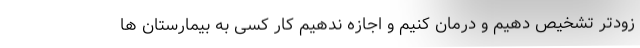
زودتر تشخیص دهیم و درمان کنیم و اجازه ندهیم کار کسی به بیمارستان ها